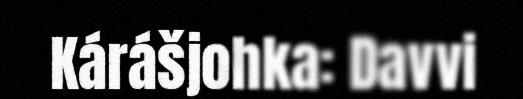
Kárášjohka: Davvi